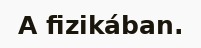
A fizikában.